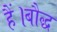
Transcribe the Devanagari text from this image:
हैं।बौद्ध